Trukikaitis_Postimees, lk 48
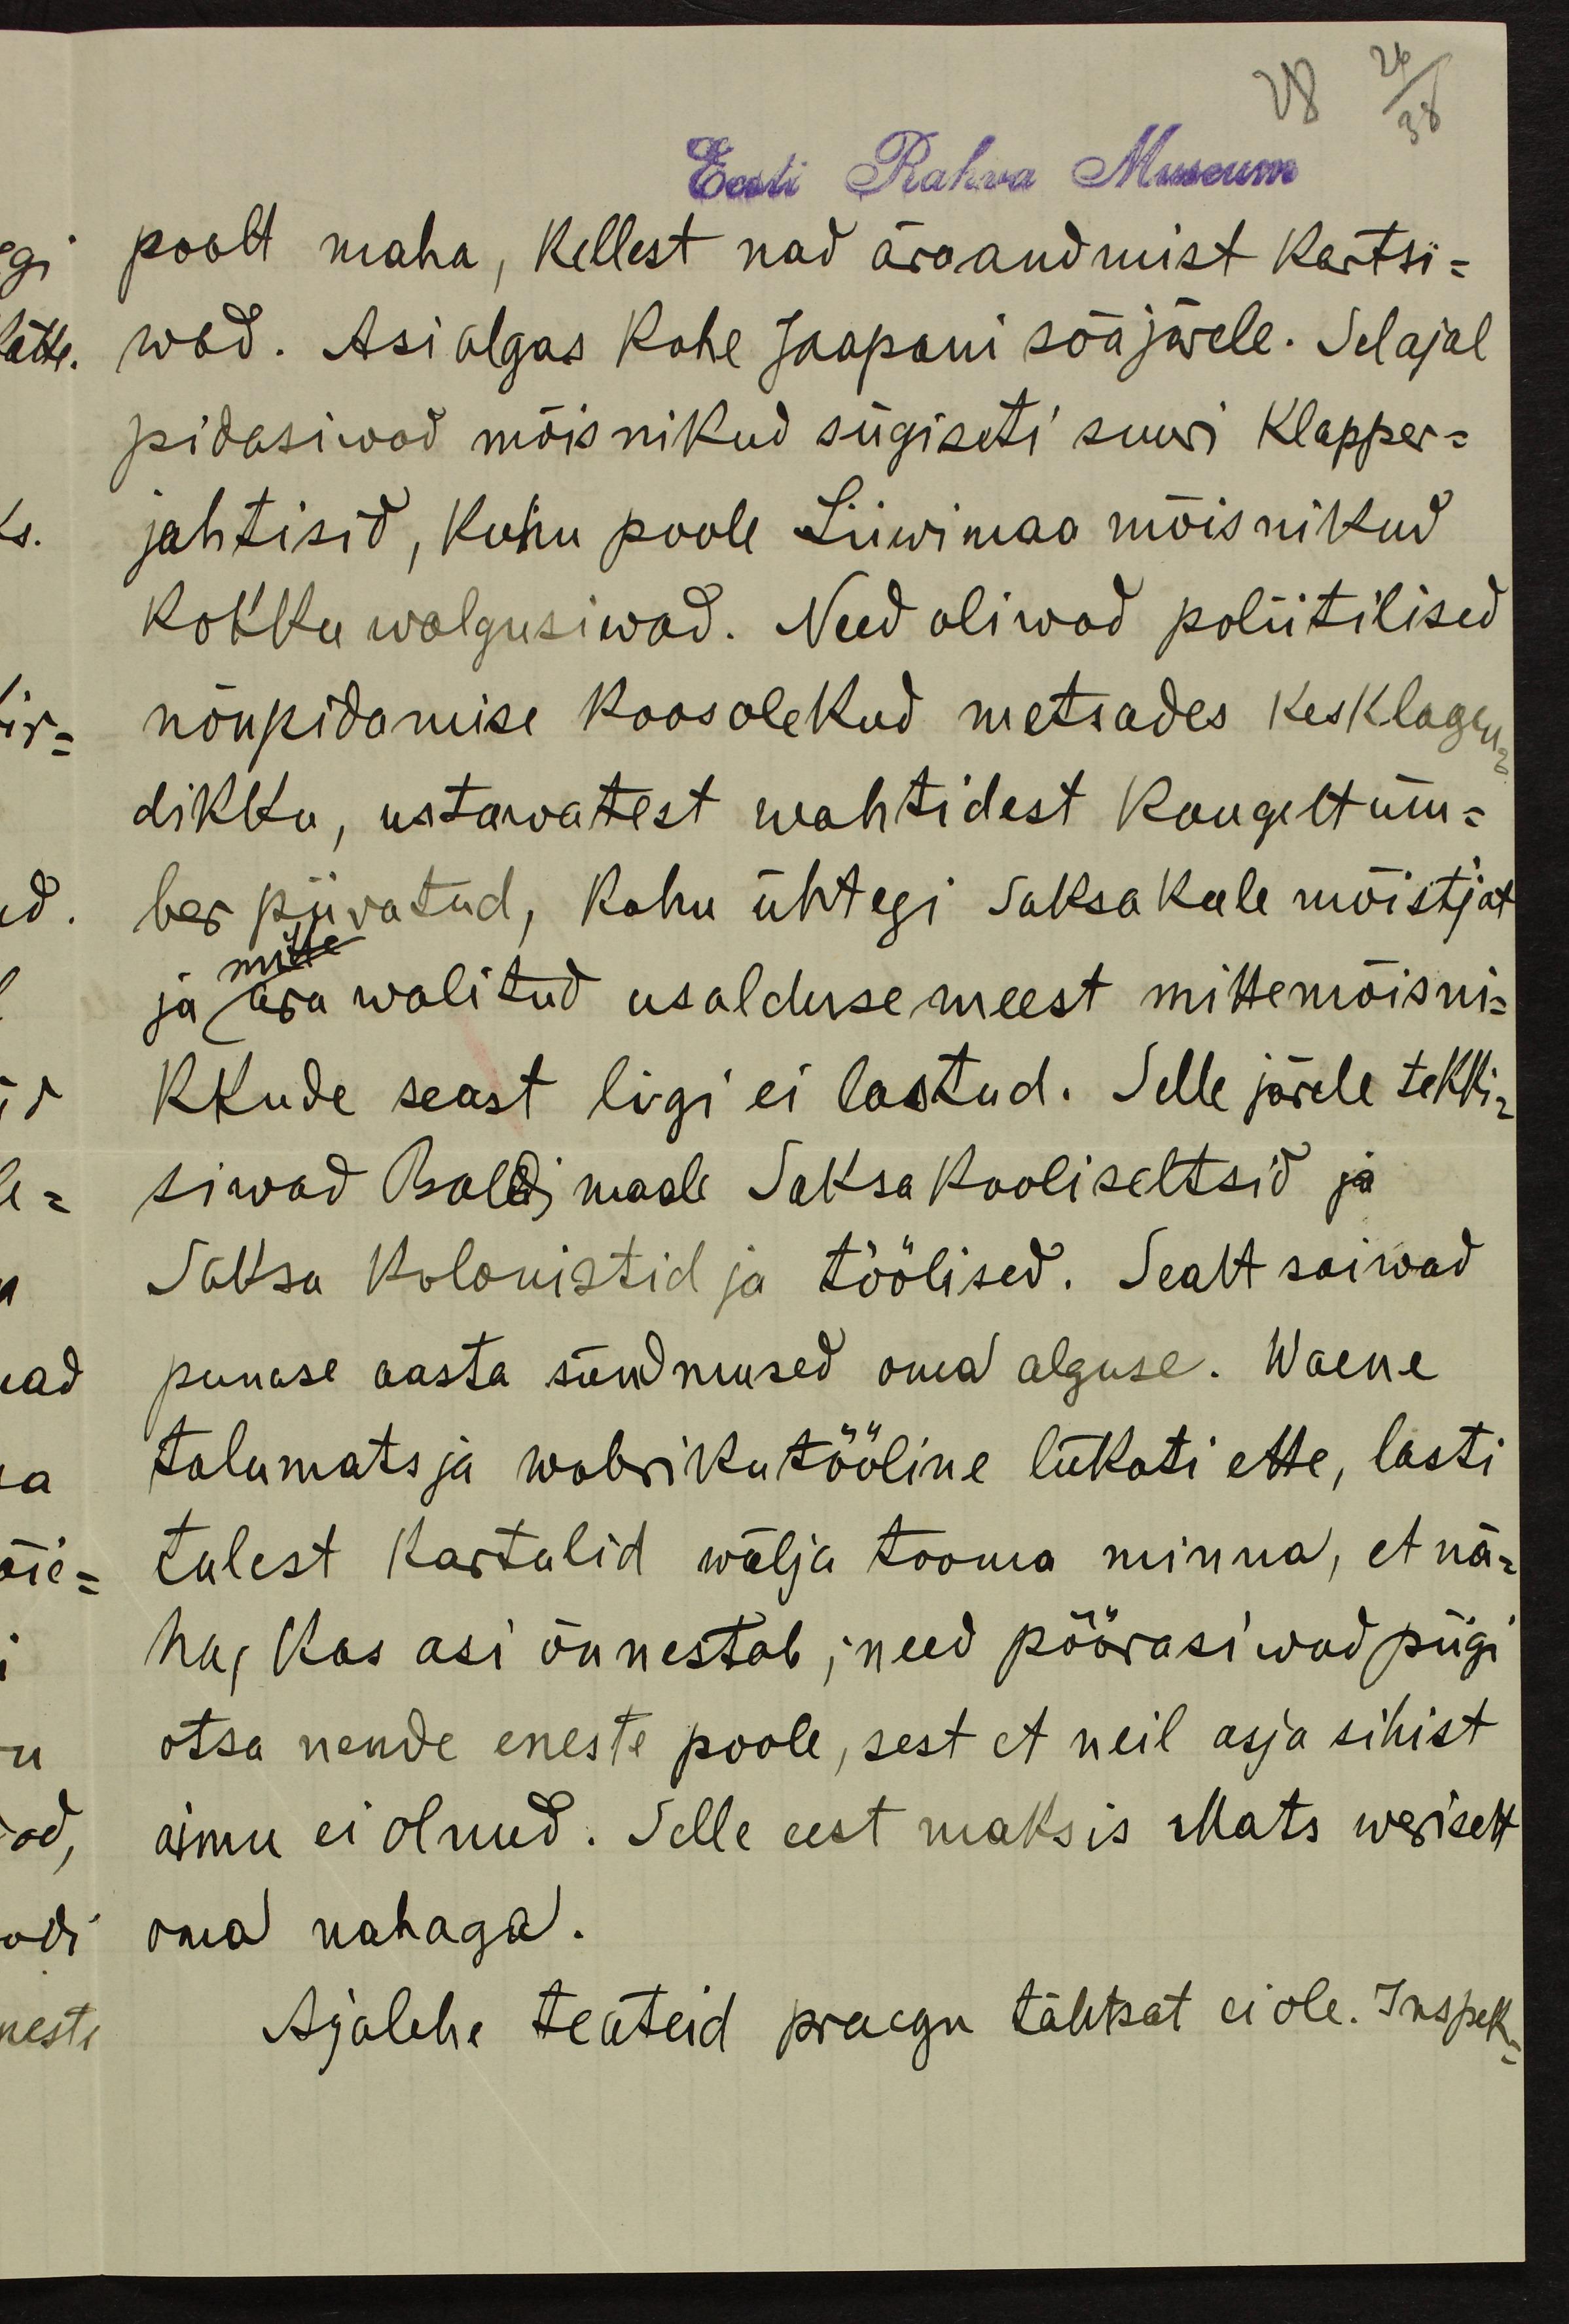
28
26
38

Eesti Rahva Museum
poolt maha, kellest nad äraandmist kartsi-
wad. Asi algas kohe Jaapani sõa järele. Sel ajal
pidasiwad mõisnikud sügiseti suuri klapper-
jahtisid, kuhu poole Liiwimaa mõisnikud
kokku walgusiwad. Need oliwad poliitilised
nõupidamise koosolekud metsades kesklagen-
dikku, ustawatest wahtidest kaugelt üm-
ber piiratud, kuhu ühtegi saksa keele mõistjat
mitte
ja ära walitud usaldusemeest mittemõisni-
kkude seast ligi ei lastud. Selle järele tekki-
siwad Baldi maale Saksa kooliseltsid ja
Saksa kolonistid ja töölised. Sealt saiwad
punase aasta sündmused oma alguse. Waene
talumats ja wabrikutööline lükati ette, lasti
tulest kartulid wälja tooma minna, et nä-
ha, kas asi õnnestab; need pöörasiwad piigi
otsa nende eneste poole, sest et neil asja sihist
aimu ei olnud. Selle eest maksis Mats weriselt
oma nahaga.
Ajalehe teateid praegu tähtsat ei ole. Inspek-